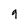
Character: 9